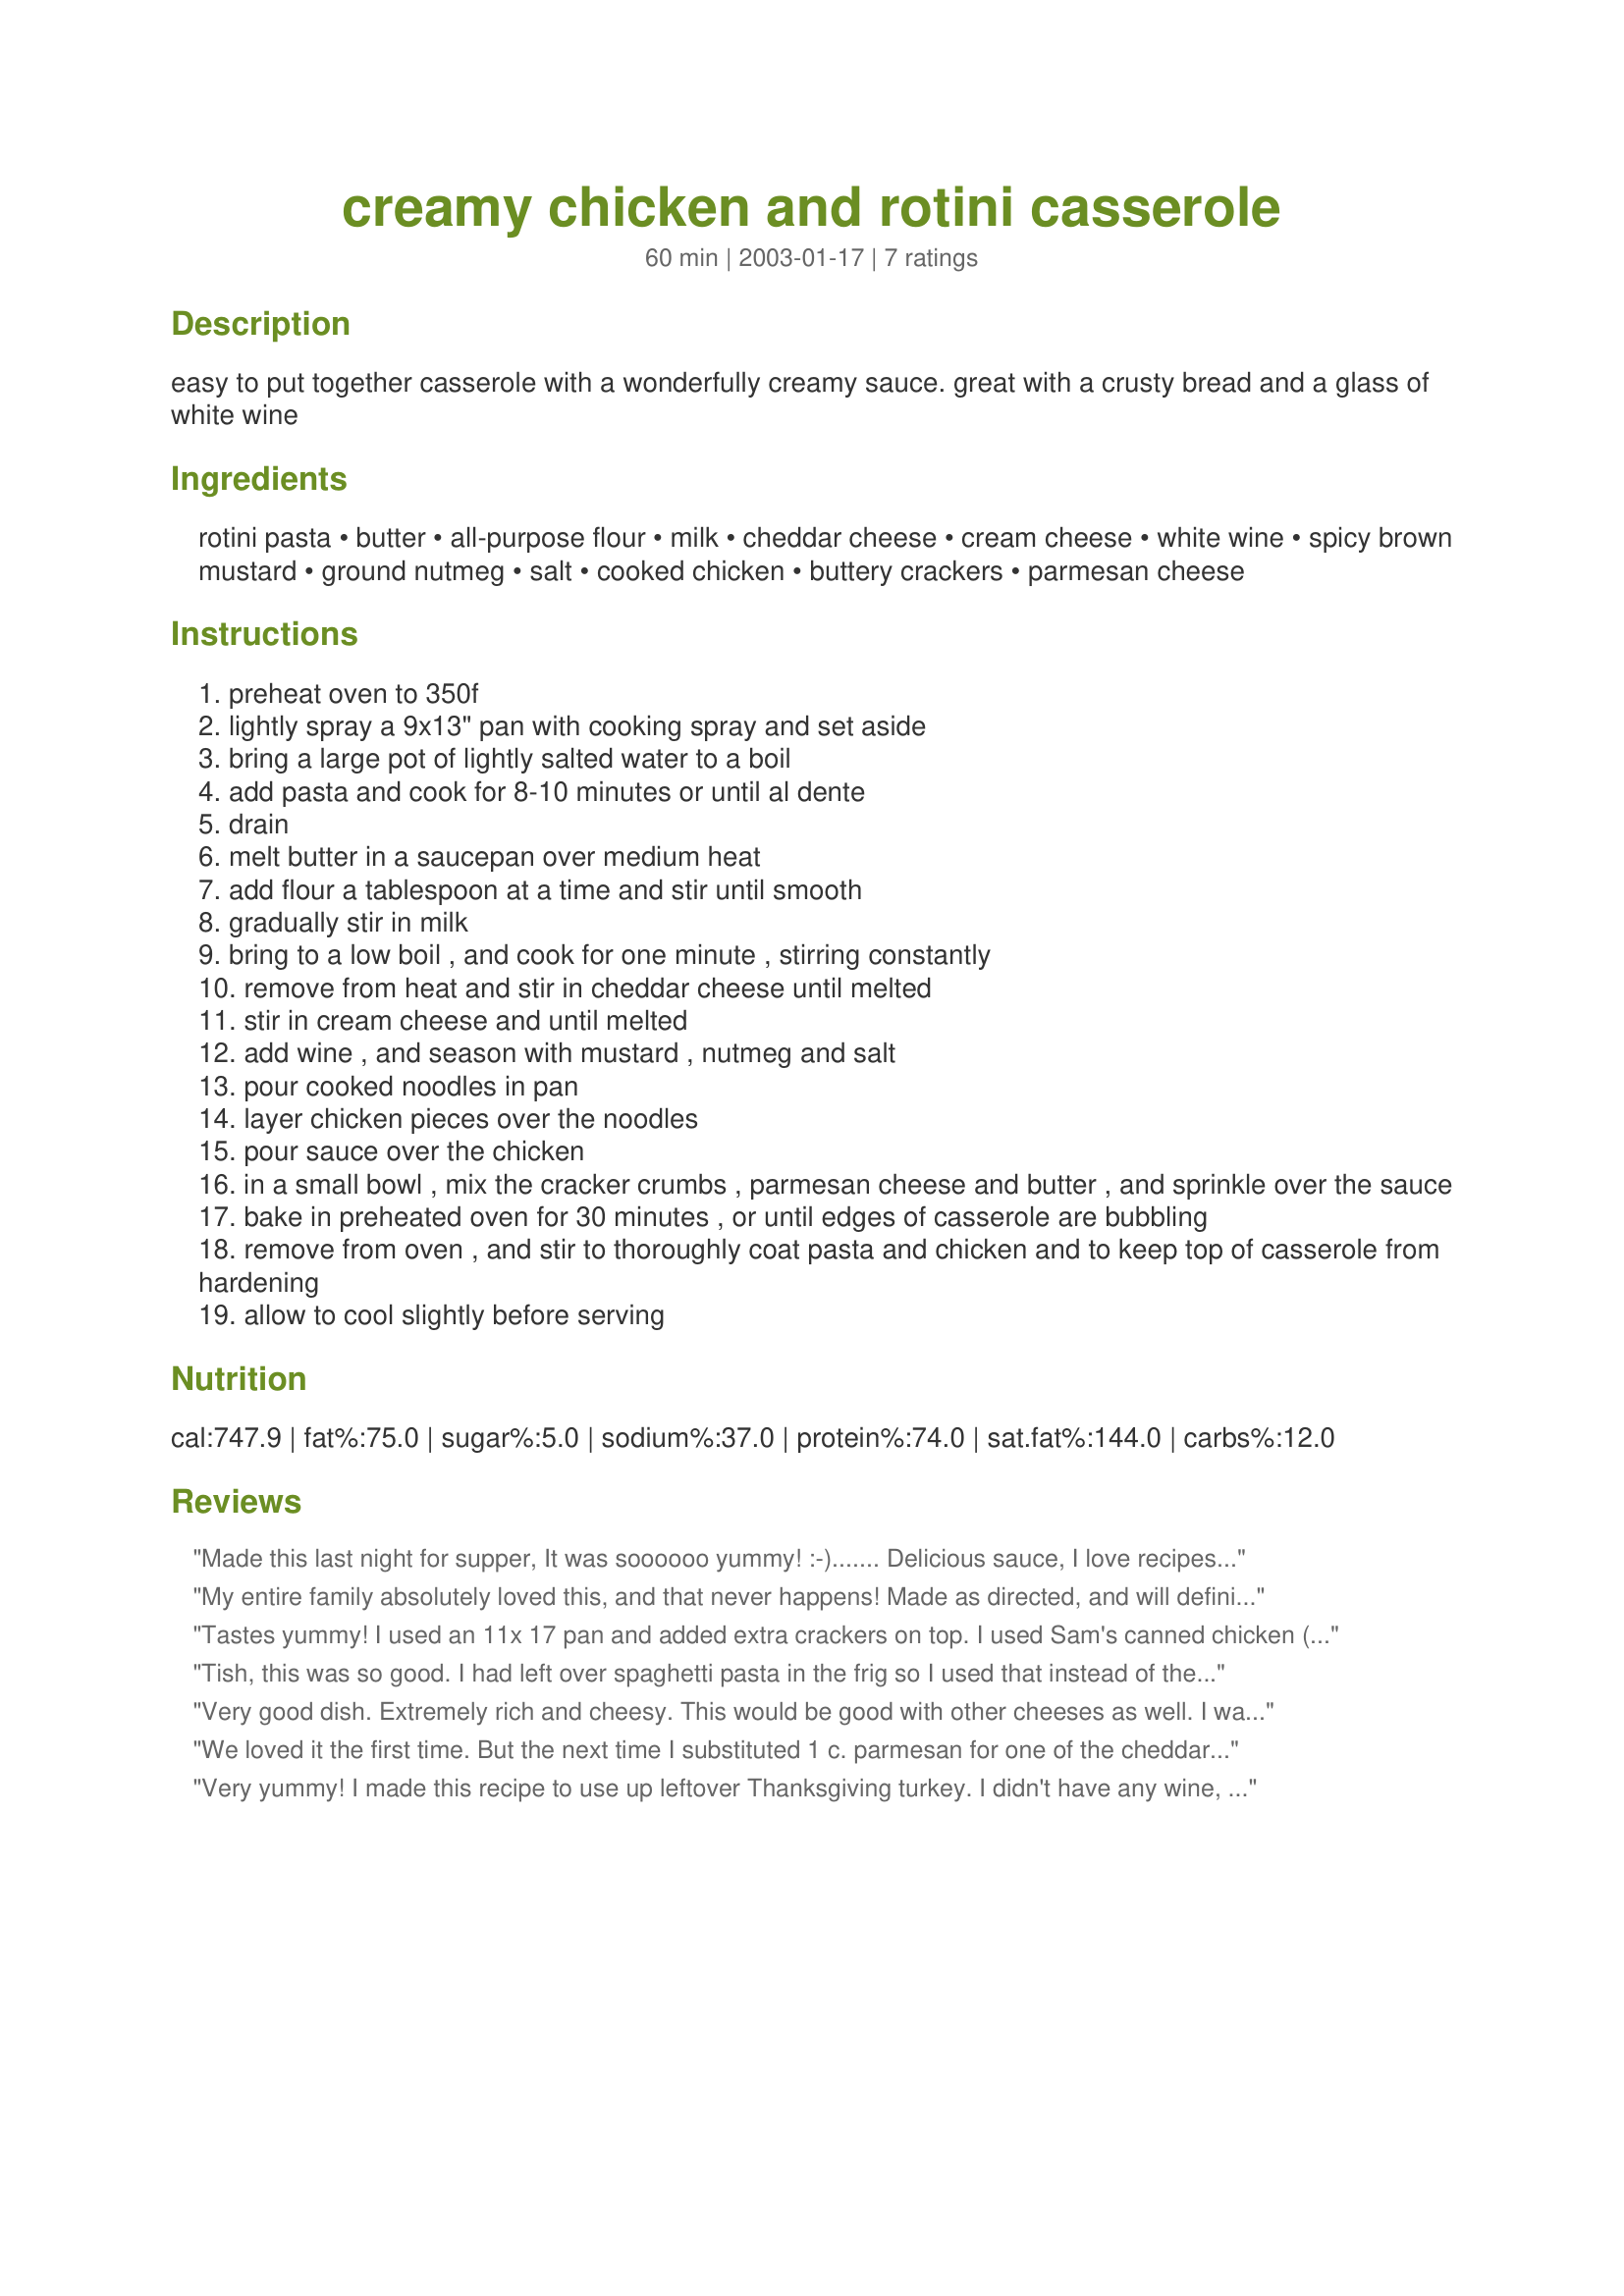
creamy chicken and rotini casserole
Preparation time: 60 minutes

easy to put together casserole with a wonderfully creamy sauce. great with a crusty bread and a glass of white wine

Ingredients:
rotini pasta, butter, all-purpose flour, milk, cheddar cheese, cream cheese, white wine, spicy brown mustard, ground nutmeg, salt, cooked chicken, buttery crackers, parmesan cheese

Steps:
preheat oven to 350f
lightly spray a 9x13" pan with cooking spray and set aside
bring a large pot of lightly salted water to a boil
add pasta and cook for 8-10 minutes or until al dente
drain
melt butter in a saucepan over medium heat
add flour a tablespoon at a time and stir until smooth
gradually stir in milk
bring to a low boil , and cook for one minute , stirring constantly
remove from heat and stir in cheddar cheese until melted
stir in cream cheese and until melted
add wine , and season with mustard , nutmeg and salt
pour cooked noodles in pan
layer chicken pieces over the noodles
pour sauce over the chicken
in a small bowl , mix the cracker crumbs , parmesan cheese and butter , and sprinkle over the sauce
bake in preheated oven for 30 minutes , or until edges of casserole are bubbling
remove from oven , and stir to thoroughly coat pasta and chicken and to keep top of casserole from hardening
allow to cool slightly before serving

Reviews:
Made this last night for supper, It was soooooo yummy! :-)....... Delicious sauce, I love recipes that call for wine....I cook with wine in most of my recipes, so when I saw a casserole with wine, I decided to give it a try, I certainly was not dissapointed....very good recipe Tish, thank you for posting, This is a keeper:-)
My entire family absolutely loved this, and that never happens! Made as directed, and will definitely make again. Thanks for sharing the recipe!
Tastes yummy! I used an 11x 17 pan and added extra crackers on top. I used Sam's canned chicken (2 13 oz. containers) and it worked out fine. You could add bacon to make it even yummier!
Tish, this was so good. I had left over spaghetti pasta in the frig so I used that instead of the rotini pasta and it worked well. Since there's only 2 of us, I was able to not only freeze half of it, but also freeze two small single servings for my 87 year old aunt.
I served it with sliced cucumbers, warm french bread and french cut green beans.
Very good dish. Extremely rich and cheesy. This would be good with other cheeses as well. I was thinking of trying it with pepper jack next time. This is a good way to use up leftover chicken and really is like a very rich mac & cheese with chicken. Would be good with broccoli added. I did have to put the sauce back on the heat for a few minutes to get all the cream cheese melted. I think I used a little more pasta as well but there is a lot of sauce so it worked out fine. Thanks for a great recipe!
We loved it the first time. But the next time I substituted 1 c. parmesan for one of the cheddar cheese and only put one cup of cheddar cheese. I'm a big parmesan fan. My kids loved it.
Very yummy! I made this recipe to use up leftover Thanksgiving turkey. I didn't have any wine, so I left it out. I also used noodles in place of rotini, because it's what I had on hand. I used more than 2 cups of noodles--probably around 4 cups--I just covered the bottom of the pan. And I used about double the topping and included some walnuts for half of the crackers. Thanks for sharing!
